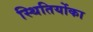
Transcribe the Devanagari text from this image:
स्थितियोंका